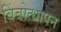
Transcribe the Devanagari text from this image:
बिंबोत्थापन